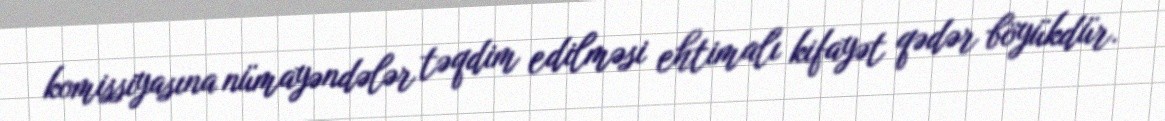
komissiyasına nümayəndələr təqdim edilməsi ehtimalı kifayət qədər böyükdür.